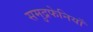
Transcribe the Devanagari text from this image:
समुद्रफेनियाँ